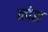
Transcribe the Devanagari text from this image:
तपेश